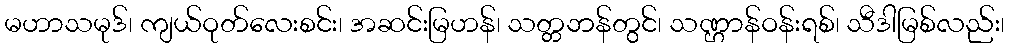
မဟာသမုဒ်၊ ကျယ်ဝုတ်လေးစင်း၊ အဆင်းမြဟန်၊ သတ္တဘန်တွင်၊ သဏ္ဌာန်ဝန်းရစ်၊ သီဒါမြစ်လည်း၊